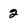
Character: 2